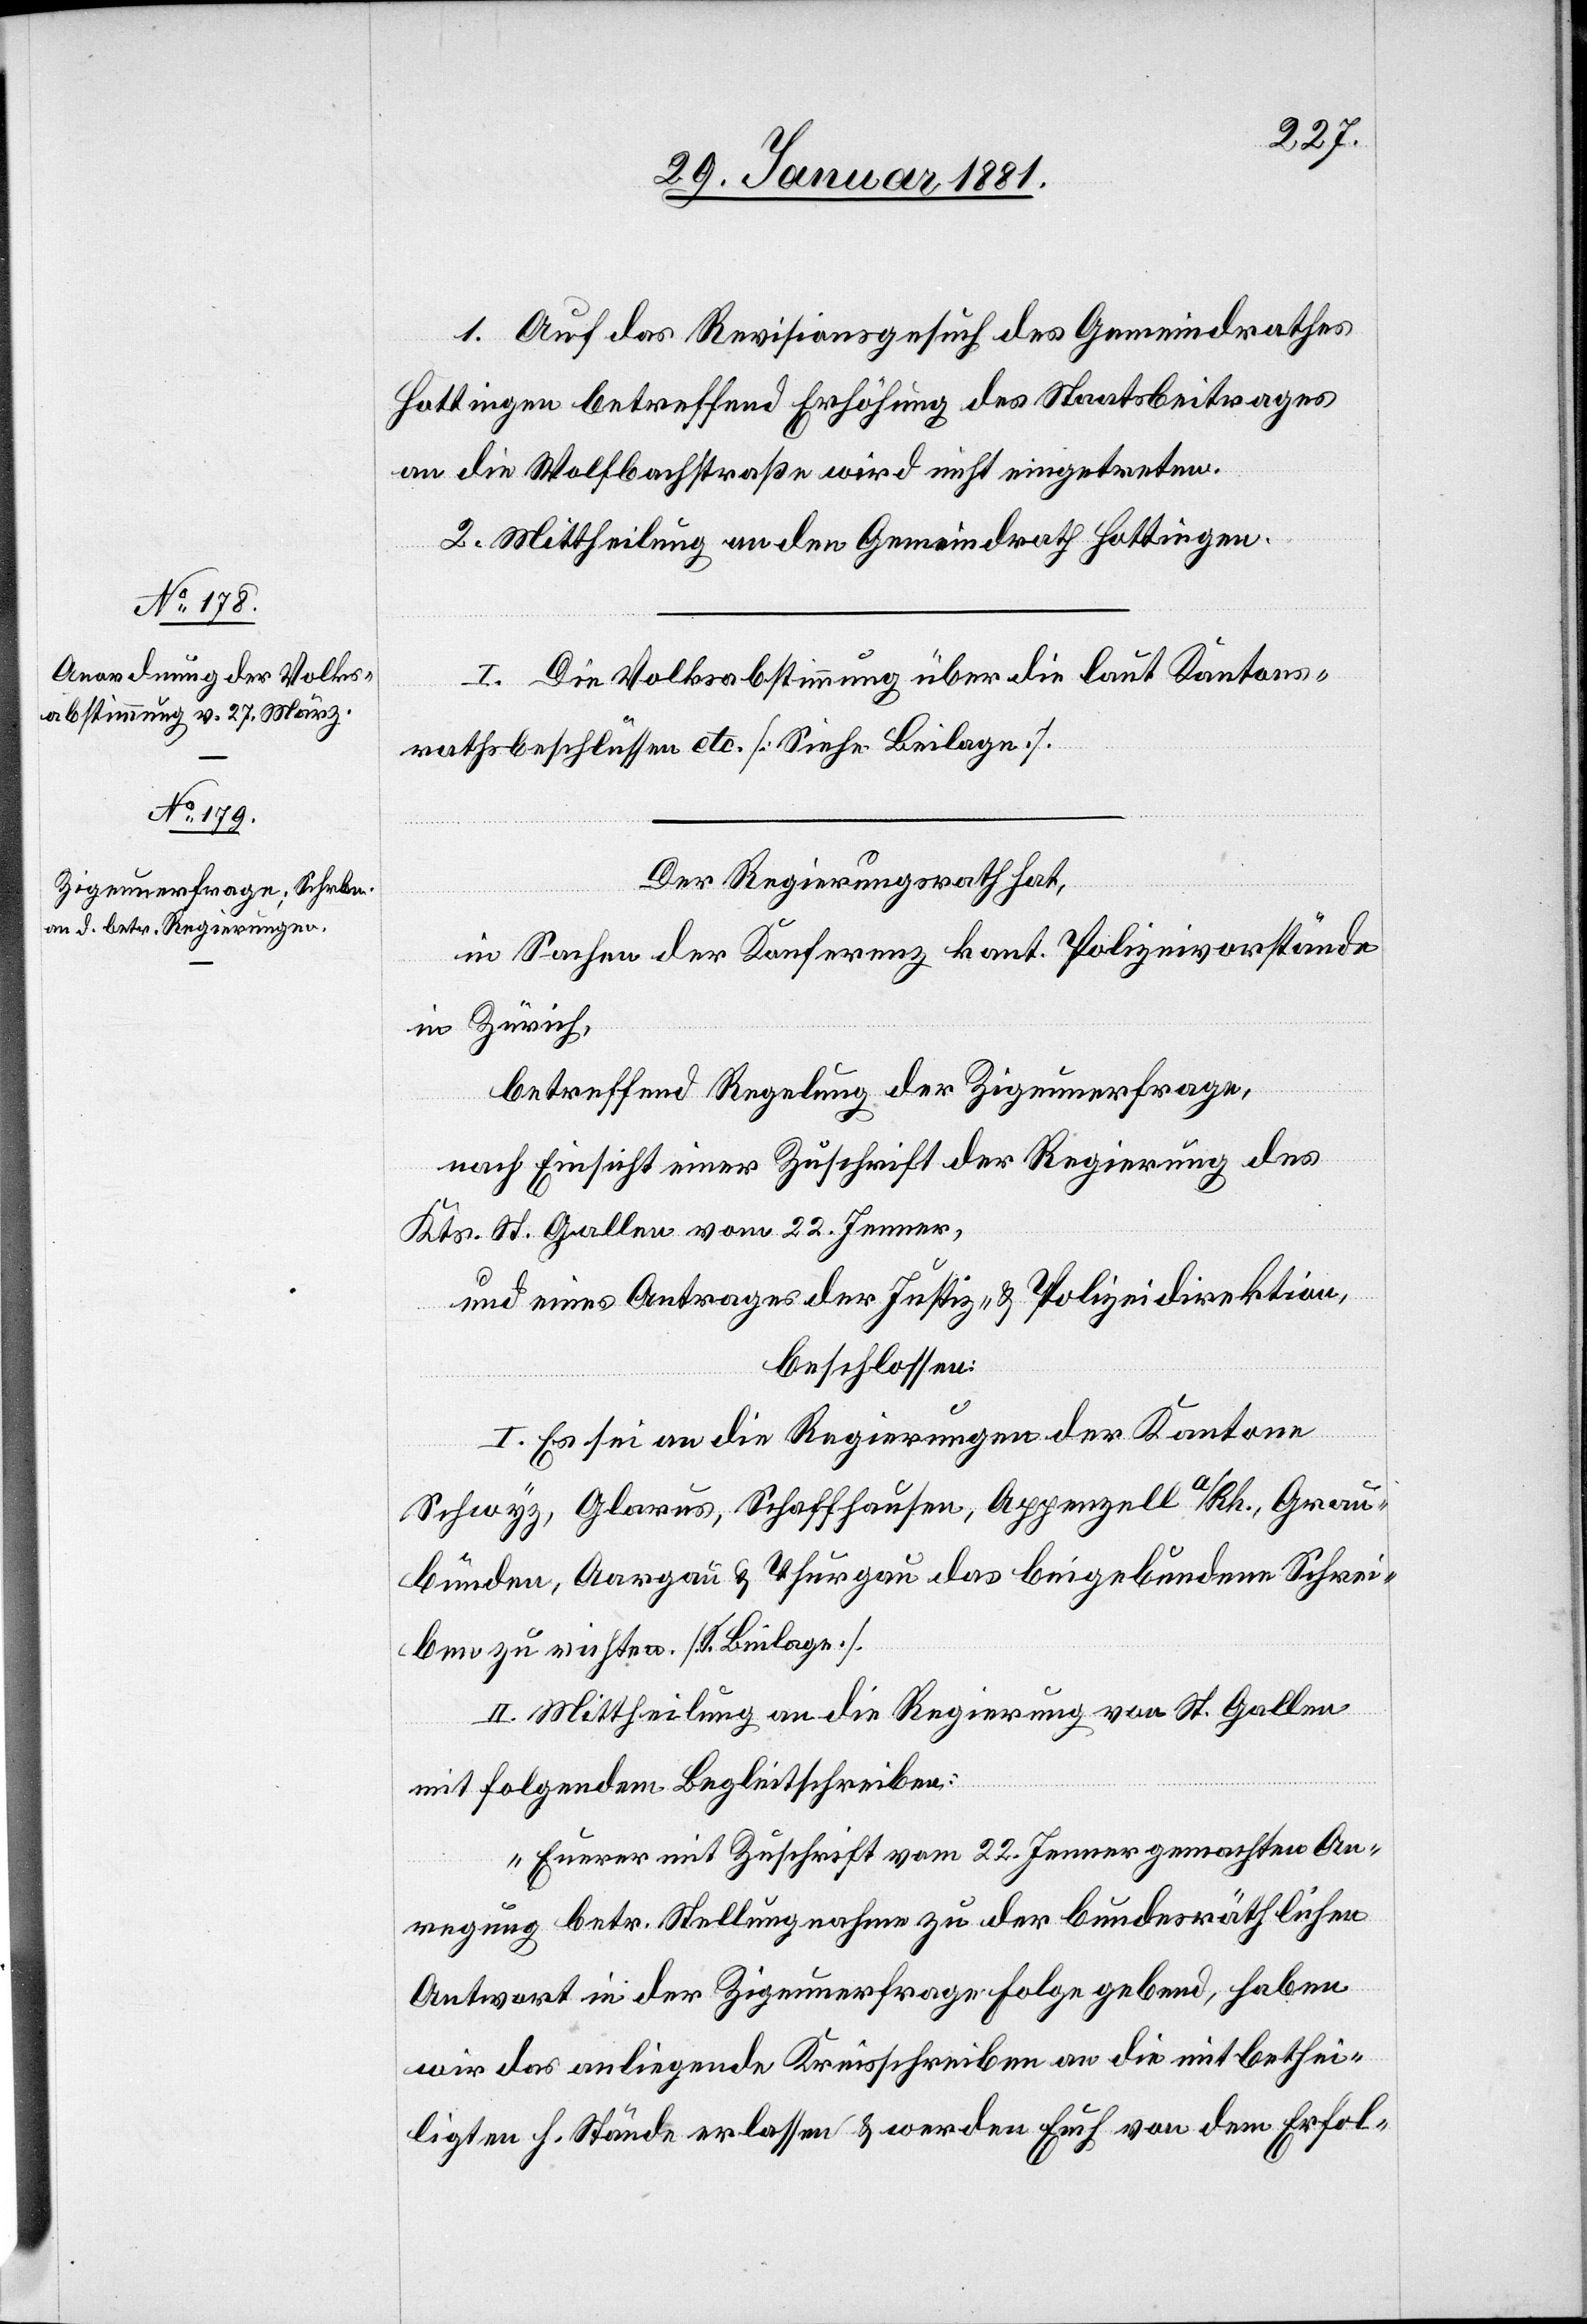
1. Auf das Revisionsgesuch des Gemeindrathes
Hottingen betreffend Erhöhung des Staatsbeitrages
an die Wolfbergstraße wird nicht eingetreten.
2. Mittheilung an den Gemeindrath Hottingen.
Der Regierungsrath hat,
in Sachen der Konferenz kant. Polizeivorstände
in Zürich,
betreffend Regelung der Zigeunerfrage,
nach Einsicht einer Zuschrift der Regierung des
Kts. St. Gallen vom 22. Jenner,
und eines Antrages der Justiz- & Polizeidirektion,
beschlossen:
I. Es sei an die Regierungen der Kantone
Schwyz, Glarus, Schaffhausen, Appenzell a/Rh., Grau¬
bünden, Aargau & Thurgau das beigebundene Schrei¬
ben zu richten. [S. Beilage]
II. Mittheilung an die Regierung von St. Gallen
mit folgendem Begleitschreiben:
Eurer mit Zuschrift vom 22. Jenner gemachten An¬
regung betr. Stellungsnahme zu der bundesräthlichen
Antwort in der Zigeunerfrage Folge gebend, haben
wir das anliegende Kreisschreiben an die mitbethei¬
ligten h. Stände erlassen & werden Euch von dem Erfol-